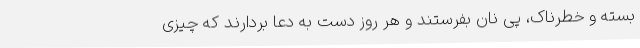
بسته و خطرناک، پیِ نان بفرستند و هر روز دست به دعا بردارند که چیزی